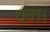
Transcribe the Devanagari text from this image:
धंदा।